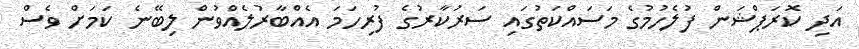
އަދި ކޮރަޕްޝަން ފުލެހުމުގެ މަސައްކަތުގައި ސަރުކާރުގެ ފުރިހަމަ އެއްބާރުލެއްވުން ލިބޭނެ ކަމަށް ވެސް